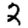
Digit: 2